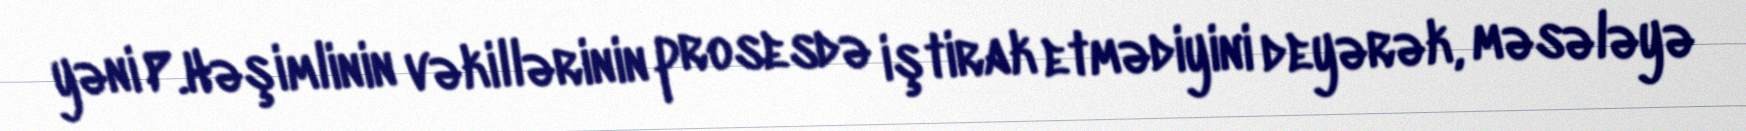
yəni P.Həşimlinin vəkillərinin prosesdə iştirak etmədiyini deyərək, məsələyə